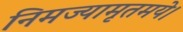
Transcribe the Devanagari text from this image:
निमज्यामृतमये।